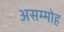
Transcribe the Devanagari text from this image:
असम्मोह